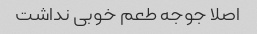
اصلا جوجه طعم خوبی نداشت